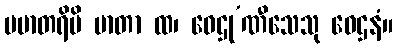
ပမာတရိပိ မာတာ ထ၊ ဝေဌု’ဏီသေသု ဝေဌနံ။